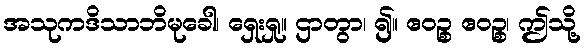
အသုကဒိသာဘိမုခေါ၊ ရှေးရှု။ ဌာတွာ၊ ၍။ ဧဝဉ္စ ဧဝဉ္စ၊ ဤသို့